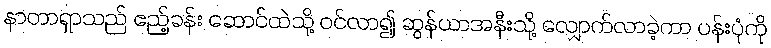
နာတာရှာသည် ဧည့်ခန်း ဆောင်ထဲသို့ ဝင်လာ၍ ဆွန်ယာအနီးသို့ လျှောက်လာခဲ့ကာ ပန်းပုံကို